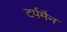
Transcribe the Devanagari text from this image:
टर्पमैन